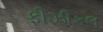
ફીઝીકલ